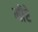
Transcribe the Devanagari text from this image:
मीरे